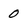
Character: 0